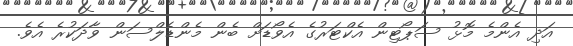
އަދި އެންމެ މޮޅު ސަޕޯޓިން އެކްޓަރުގެ އެވޯޑަށް ބެން މެންޑެލްސަން ވާދަކުރެ އެވެ.